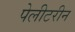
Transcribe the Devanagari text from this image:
पेलीटरीन